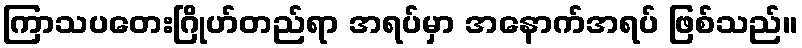
ကြာသပတေးဂြိုဟ်တည်ရာ အရပ်မှာ အနောက်အရပ် ဖြစ်သည်။